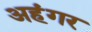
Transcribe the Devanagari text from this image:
अहंगर